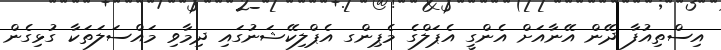
އިސްތިއުފާ ދޭން އޭނާއަށް އެންގީ އެޕަލްގެ މެޕިންގ އެޕްލިކޭޝަނުގައި ދިމާވި މައްސަލަތަކާ ގުޅިގެން